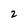
Character: 2